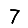
Digit: 7